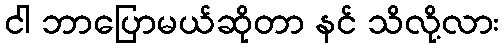
ငါ ဘာပြောမယ်ဆိုတာ နင် သိလို့လား